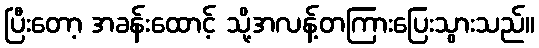
ပြီးတော့ အခန်းထောင့် သို့အလန့်တကြားပြေးသွားသည်။